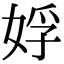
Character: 娐